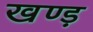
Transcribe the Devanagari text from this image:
खण्ड़